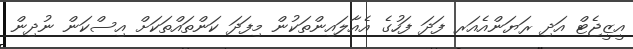
އީޒީޖެޓް އަދި ރަޔަންއެއަރ ފަދަ ފަހުގެ އެއާލައިންތަކުން މިފަދަ ކަންތައްތަކަށް އިސްކަން ނުދިން